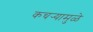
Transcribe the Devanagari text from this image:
कचर्‍यामुळे